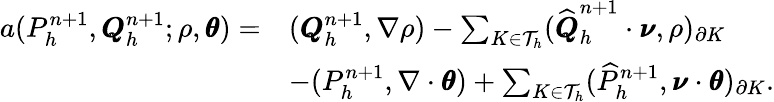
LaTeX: \begin{array}{rl}{a(P_{h}^{n+1},\pmb{Q}_{h}^{n+1};\rho,\pmb{\theta})=}&{(\pmb{Q}_{h}^{n+1},\nabla\rho)-\sum_{K\in\mathcal{T}_{h}}(\widehat{\pmb{Q}}_{h}^{n+1}\cdot\pmb{\nu},\rho)_{\partial K}}\\ &{-(P_{h}^{n+1},\nabla\cdot\pmb{\theta})+\sum_{K\in\mathcal{T}_{h}}(\widehat{P}_{h}^{n+1},\pmb{\nu}\cdot\pmb{\theta})_{\partial K}.}\end{array}